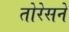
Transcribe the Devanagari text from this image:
तोरेसने